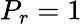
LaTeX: P_{r}=1